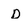
Character: D